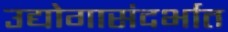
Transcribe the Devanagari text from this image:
उद्योगासंदर्भात